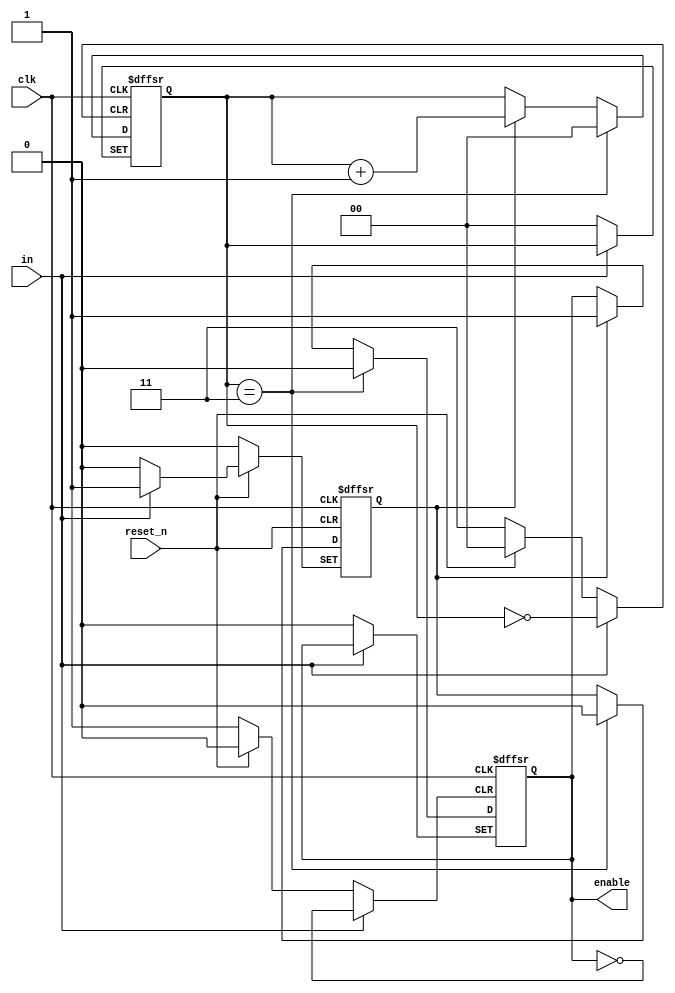
module ONESHOT(
    input clk, reset_n,
    input in,
    output reg enable
);

reg [1:0] cnt;
reg state;

always @(posedge clk, negedge reset_n, posedge in) begin
    if(!reset_n) begin
        enable <= 1'b0;
        state <= 0;
        cnt <= 0;
    end
    else begin
        if(in) begin
            state <= 1;
        end
        else begin
            if(cnt == 2'b11) begin
                enable <= 0;
                state <= 0;
                cnt <= 0;
            end
            else begin
                if(state) begin
                    enable <= 1;
                    cnt = cnt + 1;
                end
            end
        end
    end
end

endmodule